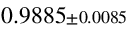
0 . 9 8 8 5 { \scriptstyle \pm 0 . 0 0 8 5 }